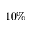
1 0 \%